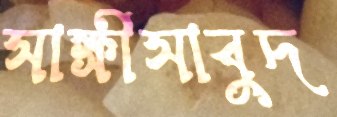
সাক্ষীসাবুদ